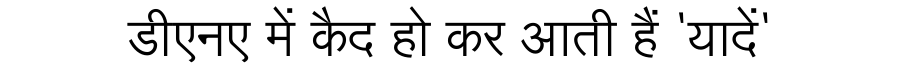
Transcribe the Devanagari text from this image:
डीएनए में कैद हो कर आती हैं 'यादें'